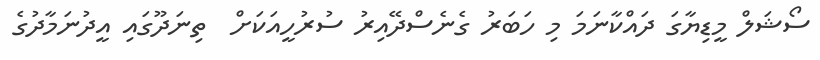
ސޯޝަލް މީޑިޔާގަ ދައްކާނަމަ މި ހަބަރު ގެނެސްދޭއިރު ސުރުހީއަކަށް  ތިނަދޫގައި އީދުނަމާދުގެ